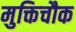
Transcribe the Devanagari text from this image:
मुक्तिचौक